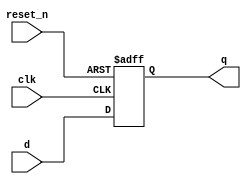
module edge_triggered_behavior (
    input wire clk,          // Clock input
    input wire reset_n,     // Active low reset
    input wire d,           // Data input
    output reg q            // Data output
);

    // Always block triggered on negative edge of the clock
    always @(negedge clk or negedge reset_n) begin
        if (!reset_n) begin
            // Asynchronous reset
            q <= 1'b0;      // Reset output to 0
        end else begin
            // Capture the data input on negative edge of clock
            q <= d;         // Update output with data input
        end
    end

endmodule